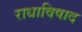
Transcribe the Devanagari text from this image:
राधाविषाद